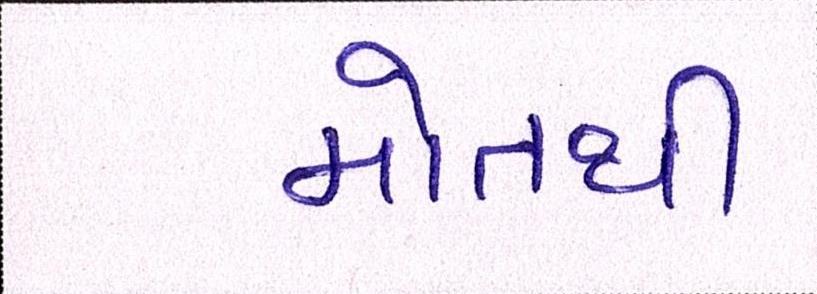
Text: મોતથી